Scottish Certificate of Education, 1963
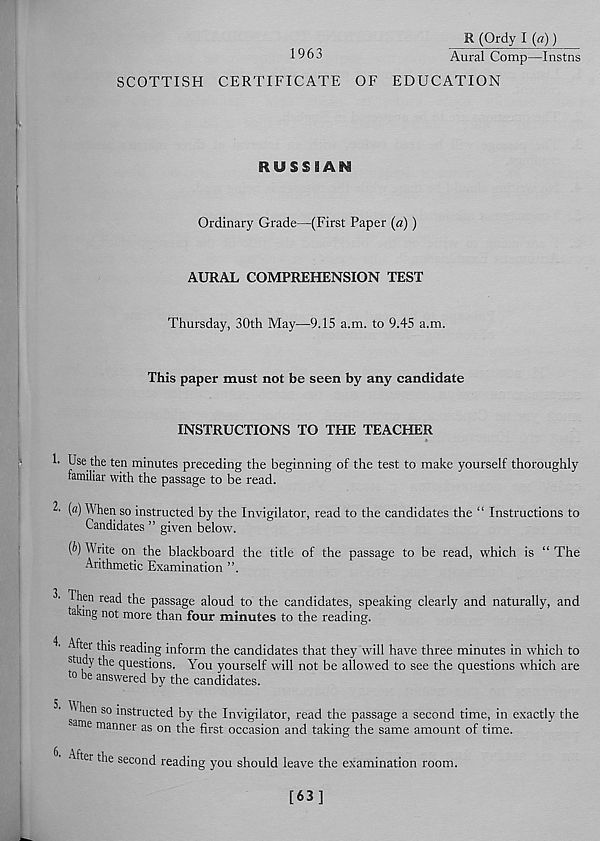
1963
R (Ordy I (a) )
Aural Comp—Instns
SCOTTISH CERTIFICATE OF EDUCATION
RUSSIAN
Ordinary Grade—(First Paper («))
AURAL COMPREHENSION TEST
Thursday, 30th May—9.15 a.m. to 9.45 a.m.
This paper must not be seen by any candidate
INSTRUCTIONS TO THE TEACHER
!• Use the ten minutes preceding the beginning of the test to make yourself thoroughly
familiar with the passage to be read.
2' (a) When so instructed by the Invigilator, read to the candidates the “ Instructions to
Candidates ” given below.
(b) Write on the blackboard the title of the passage to be read, which is “The
Arithmetic Examination ”.
3. Then read the passage aloud to the candidates, speaking clearly and naturally, and
taking not more than four minutes to the reading.
tei this reading inform the candidates that they will have three minutes in which to
s udy the questions. You yourself will not be allowed to see the questions which are
0 be answered by the candidates.
hen so instructed by the Invigilator, read the passage a second time, in exactly the
same manner as on the first occasion and taking the same amount of time.
6. After the second reading you should leave the examination room.
[63]